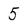
Character: 5